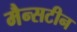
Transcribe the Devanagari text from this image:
मैन्सटीन